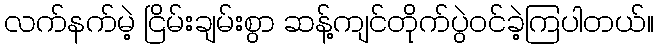
လက်နက်မဲ့ ငြိမ်းချမ်းစွာ ဆန့်ကျင်တိုက်ပွဲဝင်ခဲ့ကြပါတယ်။